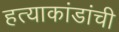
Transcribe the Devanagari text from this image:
हत्याकांडांची